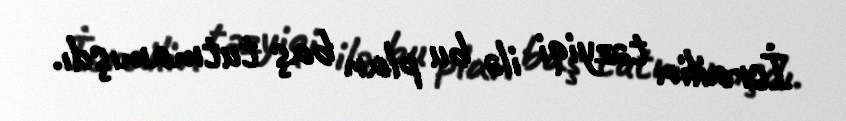
İsrailin təzyiqi ilə bu plan baş tutmamışdı.